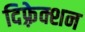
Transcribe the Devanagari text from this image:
दिफ़्रेक्शन